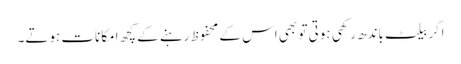
اگر بیلٹ باندھ رکھی ہوتی تو بھی اس کے محفوظ رہنے کے کچھ امکانات ہوتے۔